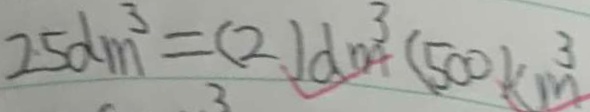
2 5 d m ^ { 3 } = ( 2 ) d m ^ { 3 } ( 5 0 0 ) k m ^ { 3 }